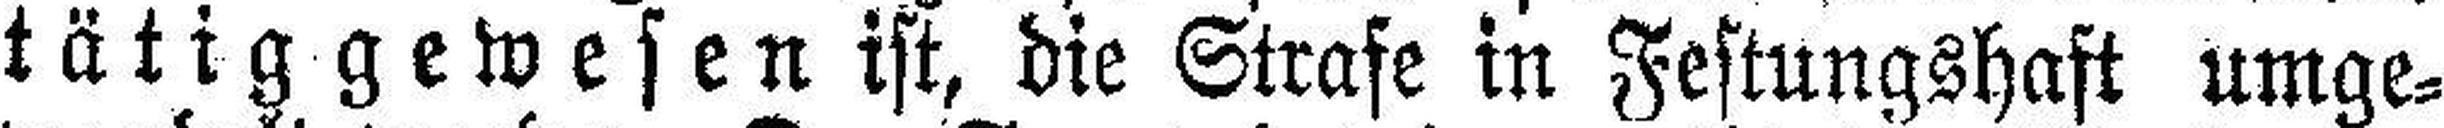
tätig gewesen ist, die Strafe in Festungshaft umge¬